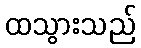
ထသွားသည်